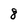
Character: 8